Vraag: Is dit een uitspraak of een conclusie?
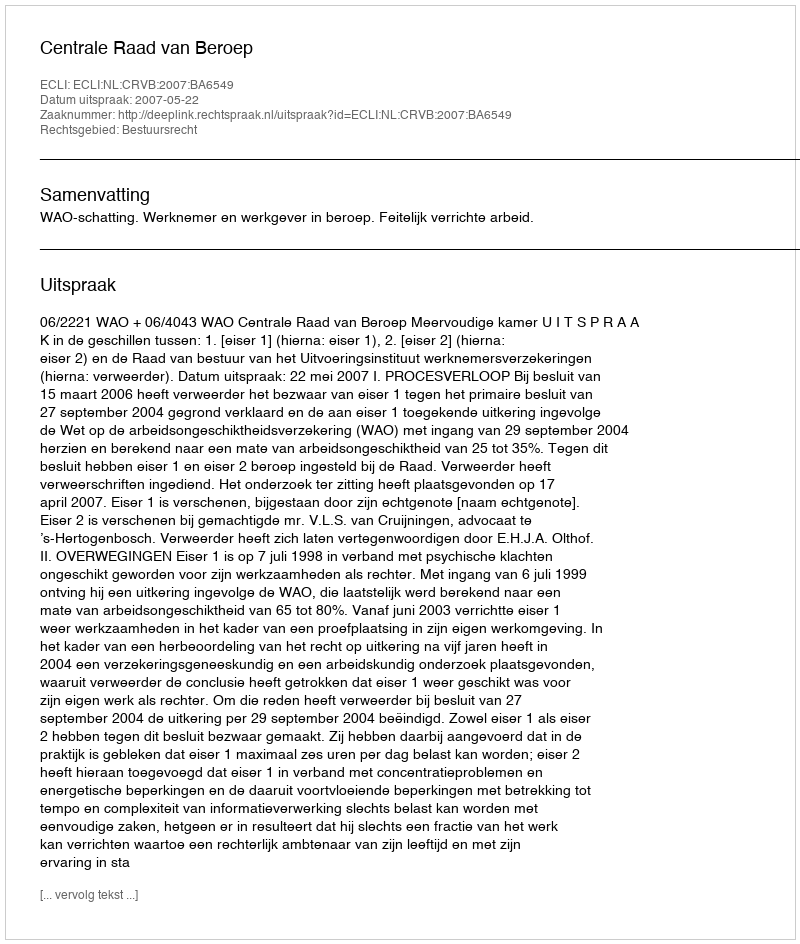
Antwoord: Uitspraak